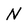
Character: N